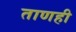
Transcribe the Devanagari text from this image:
ताणही